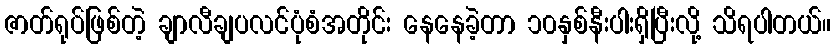
ဇာတ်ရုပ်ဖြစ်တဲ့ ချာလီချပလင်ပုံစံအတိုင်း နေနေခဲ့တာ ၁၀နှစ်နီးပါးရှိပြီးလို့ သိရပါတယ်။